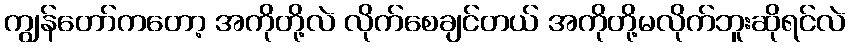
ကျွန်တော်ကတော့ အကိုတို့လဲ လိုက်စေချင်တယ် အကိုတို့မလိုက်ဘူးဆိုရင်လဲ